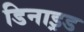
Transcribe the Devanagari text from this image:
डिनाइ़ड